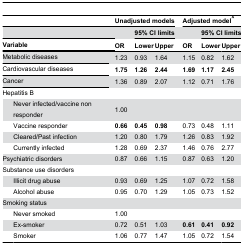
<table><thead><tr><td colspan="2"></td><td colspan="3"><b>Unadjusted models</b></td><td></td><td colspan="3"><b>Adjusted model^</b></td></tr><tr><td colspan="2"></td><td></td><td colspan="2"><b>95% CI limits</b></td><td></td><td></td><td colspan="2"><b>95% CI limits</b></td></tr><tr><td colspan="2"><b>Variable</b></td><td><b>OR</b></td><td><b>Lower</b></td><td><b>Upper</b></td><td></td><td><b>OR</b></td><td><b>Lower</b></td><td><b>Upper</b></td></tr></thead><tbody><tr><td colspan="2">Metabolic diseases</td><td>1.23</td><td>0.93</td><td>1.64</td><td></td><td>1.15</td><td>0.82</td><td>1.62</td></tr><tr><td colspan="2">Cardiovascular diseases</td><td><b>1.75</b></td><td><b>1.26</b></td><td><b>2.44</b></td><td></td><td><b>1.69</b></td><td><b>1.17</b></td><td><b>2.45</b></td></tr><tr><td colspan="2">Cancer</td><td>1.36</td><td>0.89</td><td>2.07</td><td></td><td>1.12</td><td>0.71</td><td>1.76</td></tr><tr><td colspan="2">Hepatitis B</td><td></td><td></td><td></td><td></td><td></td><td></td><td></td></tr><tr><td></td><td>Never infected/vaccine non responder</td><td>1.00</td><td></td><td></td><td></td><td></td><td></td><td></td></tr><tr><td></td><td>Vaccine responder </td><td><b>0.66</b></td><td><b>0.45</b></td><td><b>0.98</b></td><td></td><td>0.73</td><td>0.48</td><td>1.11</td></tr><tr><td></td><td>Cleared/Past infection</td><td>1.20</td><td>0.80</td><td>1.79</td><td></td><td>1.26</td><td>0.83</td><td>1.92</td></tr><tr><td></td><td>Currently infected</td><td>1.28</td><td>0.69</td><td>2.37</td><td></td><td>1.46</td><td>0.76</td><td>2.77</td></tr><tr><td colspan="2">Psychiatric disorders</td><td>0.87</td><td>0.66</td><td>1.15</td><td></td><td>0.87</td><td>0.63</td><td>1.20</td></tr><tr><td colspan="2">Substance use disorders</td><td></td><td></td><td></td><td></td><td></td><td></td><td></td></tr><tr><td></td><td>Illicit drug abuse</td><td>0.93</td><td>0.69</td><td>1.25</td><td></td><td>1.07</td><td>0.72</td><td>1.58</td></tr><tr><td></td><td>Alcohol abuse</td><td>0.95</td><td>0.70</td><td>1.29</td><td></td><td>1.05</td><td>0.73</td><td>1.52</td></tr><tr><td colspan="2">Smoking status</td><td></td><td></td><td></td><td></td><td></td><td></td><td></td></tr><tr><td></td><td>Never smoked</td><td>1.00</td><td></td><td></td><td></td><td></td><td></td><td></td></tr><tr><td></td><td>Ex-smoker</td><td>0.72</td><td>0.51</td><td>1.03</td><td></td><td><b>0.61</b></td><td><b>0.41</b></td><td><b>0.92</b></td></tr><tr><td></td><td>Smoker</td><td>1.06</td><td>0.77</td><td>1.47</td><td></td><td>1.05</td><td>0.72</td><td>1.54</td></tr></tbody></table>